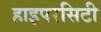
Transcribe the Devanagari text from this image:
हाइपरसिटी